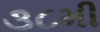
૩૮મી